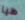
هيا